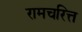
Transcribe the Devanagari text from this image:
रामचरित्त